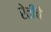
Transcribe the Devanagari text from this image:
रेतीचे